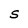
Character: S